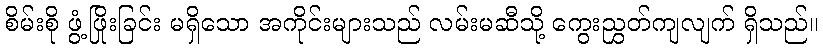
စိမ်းစို ဖွံ့ဖြိုးခြင်း မရှိသော အကိုင်းများသည် လမ်းမဆီသို့ ကွေးညွှတ်ကျလျက် ရှိသည်။